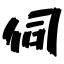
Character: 伺